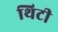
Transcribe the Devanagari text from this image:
थिटी